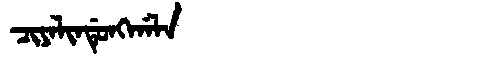
Manchu: ᠴᡳᠶᠠᠯᡳᠨᡩᡠᠩᡤᠠᠯᠠ
Romanization: CIYALINDUNGGALA